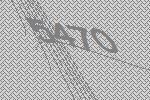
5470